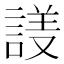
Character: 𬢱